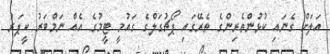
އަލަށް ގެނައި ކުޅުންތެރިންގެ ތެރޭގައި ޕޯޗުގަލްގެ ގައުމީ ޓީމުގެ އެއް ނަމްބަރު ކީޕަރު